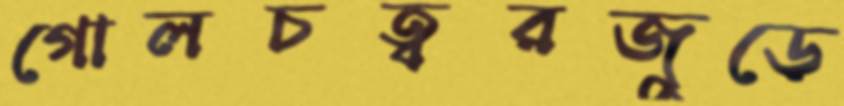
গোলচত্বরজুড়ে